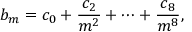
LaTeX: b _ { m } = c _ { 0 } + \frac { c _ { 2 } } { m ^ { 2 } } + \cdots + \frac { c _ { 8 } } { m ^ { 8 } } ,